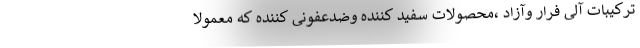
ترکیبات آلی فرار وآزاد ،محصولات سفید کننده وضدعفونی کننده که معمولا